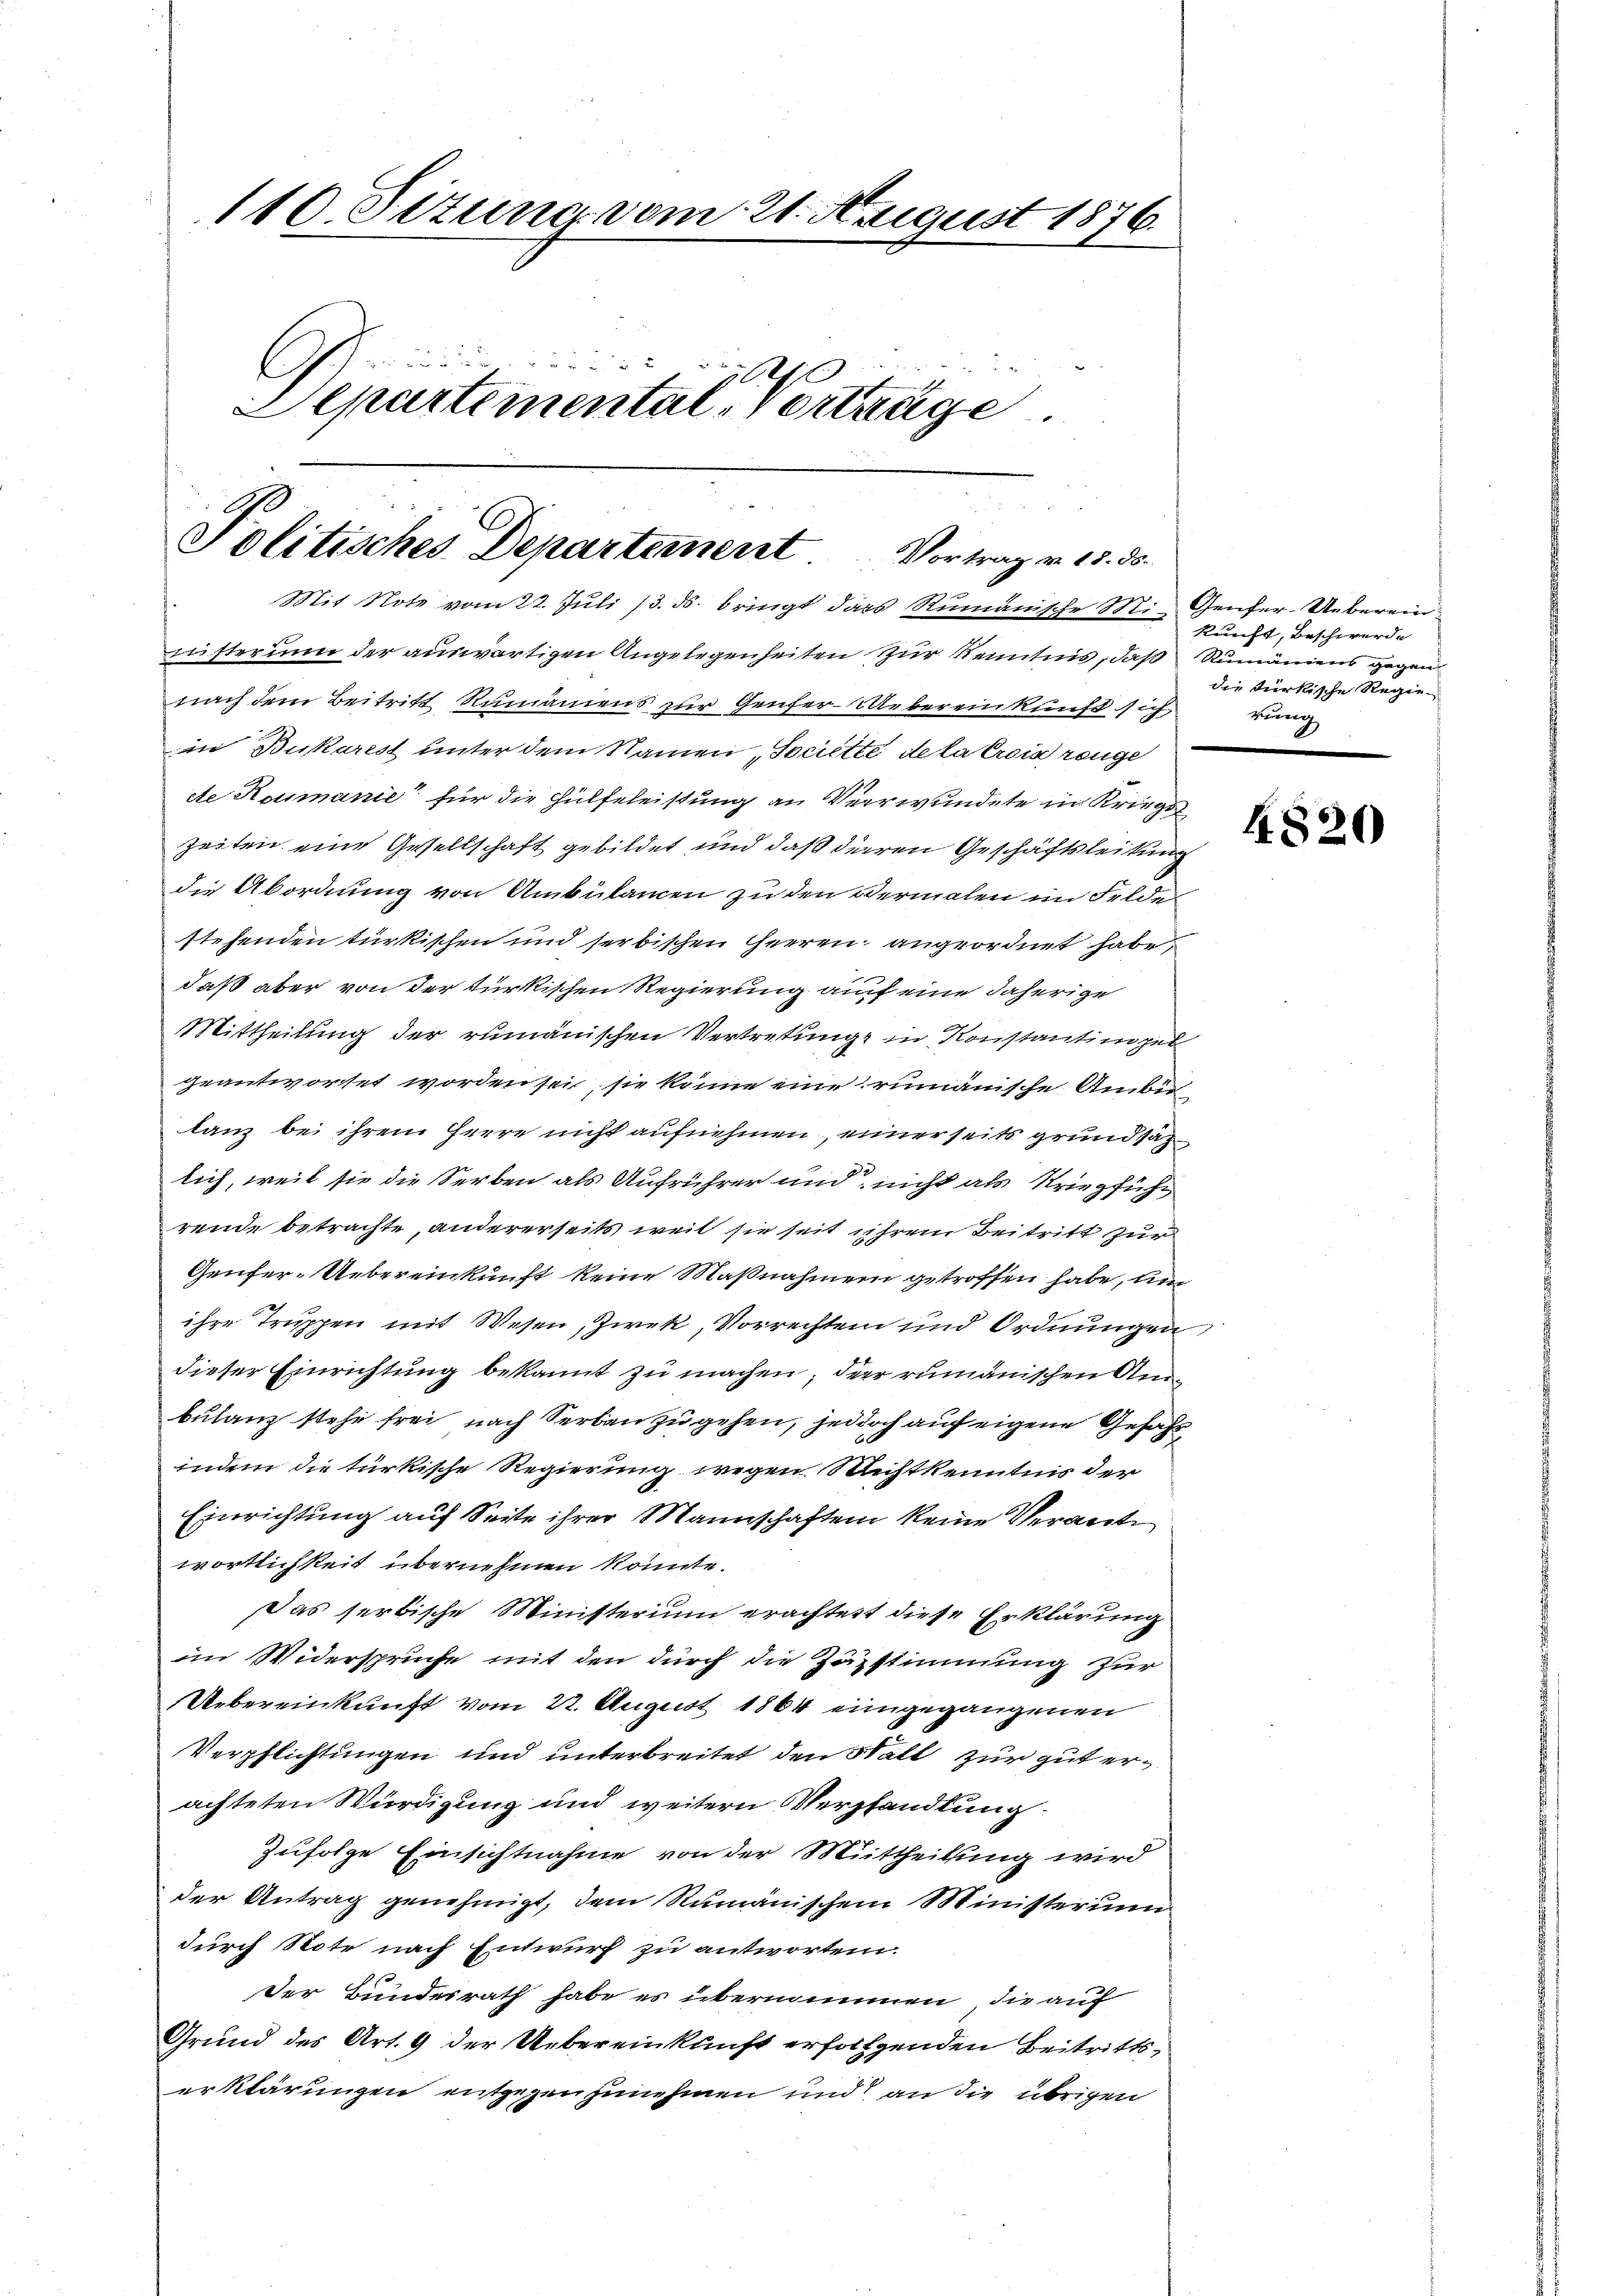
110. Situng vom 21. August 1876.
 22
.
C

Departementalverträge.

s
Politisches Departement Vortrag v. 15. ds.
Mit Note vom 22. Jŭli 13. ds. bringt dass Rumänische Mi- Genfer-Ueberein¬

mitterum der auswärtigen Angelegenheiten zur Kenntnis, daß Rumäniens gegen
nach dem Beitritt Rumäniens zur Genfer-Uebereinkunft sich
ein Dukarest unter dem Namen Societte de la trois reuge
dte Romanić für die Hülfeleistung an Verwundete in Kriegs
Zeiten eine Gesellschaft gebildet und daß dieren Geschäftsleitung
die Abordnung von Ambülamen zu den Vermalen im Felde
stehenden türkischen und serbischen Heeren angeordnet habe,
daß aber von der türkischen Regierung auf eine daherige
Mittheilung der rumänischen Vertretung in Konstantinopel
geantwortet worden sei, sie könne eine rumänische Ambu
lanz bei ihrem Heere nicht aufnehmen, einer seits grundsatz
lich, weil sie die Serben als Aufrührer und nicht als Kriegführende betrachte, andererseits weil sie seit ihrem Beitritt zur
Genfer-Uebereinkunft keine Maßnahmen getroffen habe, um
ihre Truppen mit Wesen, Zwek, Vorrechten und Ordnungen
dieser Einrichtung bekannt zu machen; der rumänischen Anbulanz stehe frei, nach Serben zu gehen, jedoch auf eigene Gefahr
indem die türkische Regierung wegen Nichtkenntnis der
Einrichtung auf Seite ihrer Mannschaften keine Verantwortlichkeit übernehmen könnte.
Das serbische Ministerium erachtert diese Erklärung
im Widersprüche mit den durch die Zustimmung zur
Uebereinkunft vom 22. August 1864 eingegangenen
Verpflichtungen und unterbreitet den Statt zur gut erachteten Würdigung und weitern Verhandlung
Zufolge Einsichtnahme von der Mittheilung wird
der Antrag genehmigt, dem Rumänischem Ministerium
durch Note nach Entwurf zu antworten.
Der Bundesrath habe es übernimmen, die auf
Grund des Art. 9 der Uebereinkunft erfolgenden Beitrittserklärungen entgegenzunehmen und an die übrigen

kunft, Beschwerde
die türkische Regierung

4820